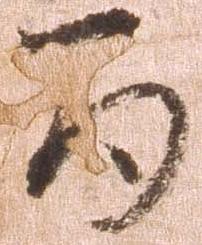
間